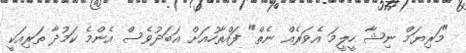
"މަރިޔަމް ނިޝާ ހީލީމަ އެވަރެއް ނެތް" ފައްތާހުއަށް އަބަދުވެސް އެންމެ ކަމުދާ ތަރިއަކީ